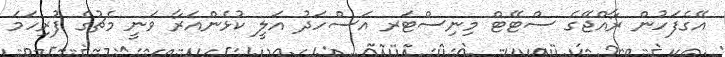
އޭގެފަހުން ރާއްޖޭގެ ސްޓޭޓް މިނިސްޓަރ އަސްހަދު އަލީ ކުޅެންއަރާ ވަނީ މެޗުގެ ފުރިހަމަ